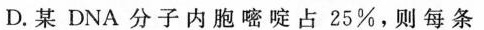
D.某DNA分子内胞嘧啶占25%，则每条